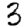
Digit: 3